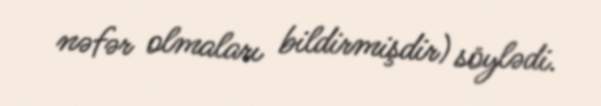
nəfər olmaları bildirmişdir) söylədi.